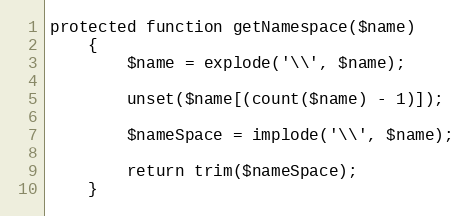
Language: PHP
protected function getNamespace($name)
    {
        $name = explode('\\', $name);

        unset($name[(count($name) - 1)]);

        $nameSpace = implode('\\', $name);

        return trim($nameSpace);
    }